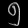
Digit: ၅